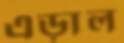
এড়াল